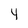
Character: 4